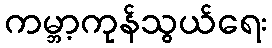
ကမ္ဘာ့ကုန်သွယ်ရေး